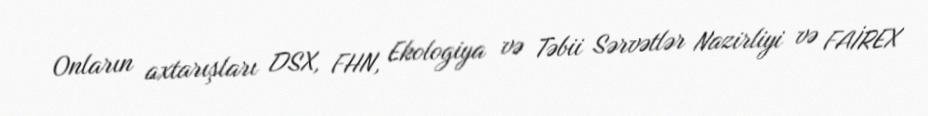
Onların axtarışları DSX, FHN, Ekologiya və Təbii Sərvətlər Nazirliyi və FAİREX